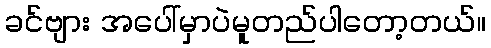
ခင်ဗျား အပေါ်မှာပဲမူတည်ပါတော့တယ်။